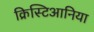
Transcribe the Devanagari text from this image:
क्रिस्टिआनिया